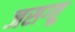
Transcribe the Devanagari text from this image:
जसग्तू